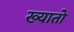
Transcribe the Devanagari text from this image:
ख्यातो